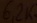
Text: 6,2K